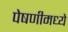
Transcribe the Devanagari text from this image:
पेषणीमध्ये